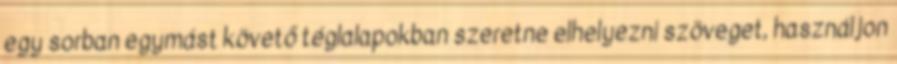
egy sorban egymást követő téglalapokban szeretne elhelyezni szöveget, használjon